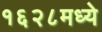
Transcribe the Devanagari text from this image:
१६२८मध्ये